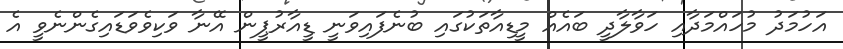
އަހުމަދު މުހައްމަދާއި ހަވާލާދީ ބައެއް މީޑިއާތަކުގައި ބުނެފައިވަނީ ޑީއާރުޕީން އޭނާ ވަކިވެވަޑައިގެންނެވީ އެ